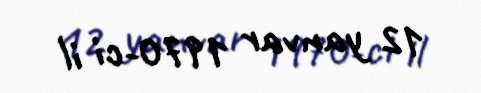
12 yanvar 1970-ci il